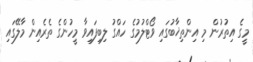
މީގެ އިތުރުން މި އިންތިޚާބުގައި ވޯޓްލުމުގެ ހައްގު ލިބިފައިވާ މީހުންގެ ތެރެއިން މާލޭގައި